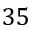
3 5